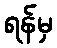
ရန်မှ